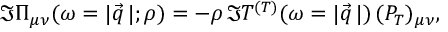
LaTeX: \Im \Pi _ { \mu \nu } ( \omega = | \vec { q } \, | ; \rho ) = - \rho \, \Im T ^ { ( T ) } ( \omega = | \vec { q } \, | ) \, ( P _ { T } ) _ { \mu \nu } ,